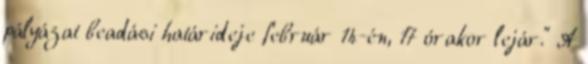
pályázat beadási határideje február 14-én, 17 órakor lejár." A